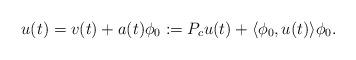
LaTeX: \begin{align*}u(t)=v(t)+a(t)\phi_0:=P_cu(t) + \langle\phi_0,u(t)\rangle\phi_0.\end{align*}